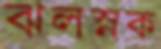
ঝলস্নক